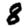
Digit: 8